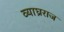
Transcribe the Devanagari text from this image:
व्याघ्रराज